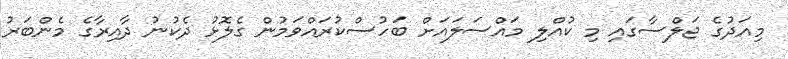
މިއަދުގެ ޖަލްސާގައި މި ކުއްލި މައްސަލައަށް ބަހުސްކުރައްވަމުން ގެލޮޅު ދެކުނު ދާއިރާގެ މެންބަރު